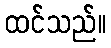
ထင်သည်။